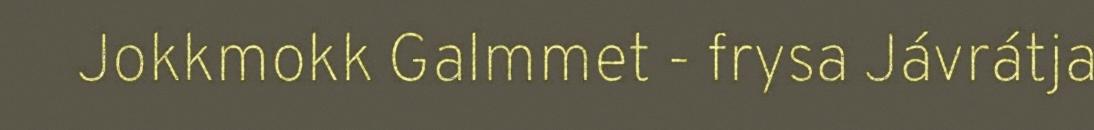
Jokkmokk Galmmet - frysa Jávrátja